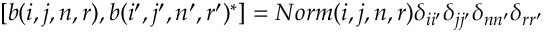
[ b ( i , j , n , r ) , b ( i ^ { \prime } , j ^ { \prime } , n ^ { \prime } , r ^ { \prime } ) ^ { * } ] = N o r m ( i , j , n , r ) \delta _ { i i ^ { \prime } } \delta _ { j j ^ { \prime } } \delta _ { n n ^ { \prime } } \delta _ { r r ^ { \prime } }